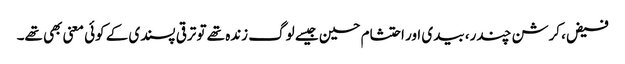
فیض، کرشن چندر، بیدی اور احتشام حسین جیسے لوگ زندہ تھے تو ترقی پسندی کے کوئی معنی بھی تھے۔